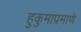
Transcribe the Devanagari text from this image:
हुकुमाप्रमाणे